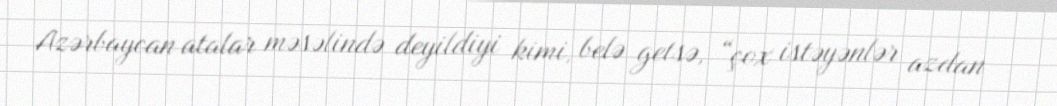
Azərbaycan atalar məsəlində deyildiyi kimi, belə getsə, “çox istəyənlər azdan